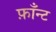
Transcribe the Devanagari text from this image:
फ़ाँन्ट